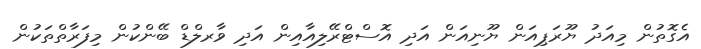
އެގޮތުން މިއަދު ޔޫރަޕިއަން ޔޫނިއަން އަދި އޮސްޓްރޭލިއާއިން އަދި ވާރލްޑް ބޭންކުން މިފަރާތްތަކުން